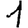
Digit: 1